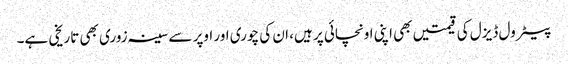
پیٹرول ڈیزل کی قیمتیں بھی اپنی اونچائی پر ہیں، ان کی چوری اور اوپر سے سینہ زوری بھی تاریخی ہے۔